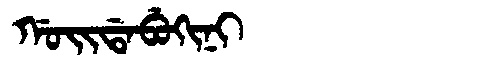
Manchu: ᡤᠣᡳᡩᠠᠪᡠᡴᡳᠨᡳ
Romanization: GOIDABUKINI